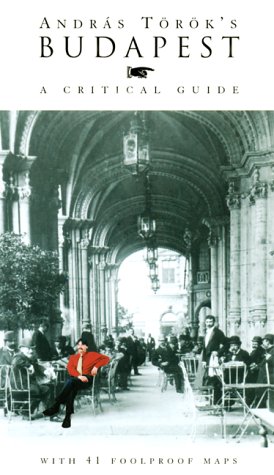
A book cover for Budapest: A Critical Guide (4th edition); Andras Torok; Travel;